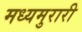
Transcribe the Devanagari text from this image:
मध्यमुरारी